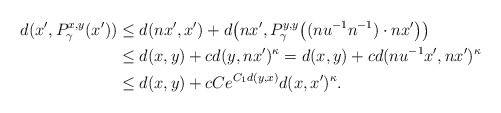
\begin{align*}d(x',P^{x,y}_\gamma(x'))&\leq d(nx',x')+d\big(nx',P^{y,y}_\gamma\big((nu^{-1}n^{-1})\cdot nx'\big)\big)\\&\leq d(x,y)+cd(y,nx')^\kappa=d(x,y)+cd(nu^{-1}x',nx')^\kappa\\&\leq d(x,y)+cCe^{C_1d(y,x)}d(x,x')^\kappa.\end{align*}